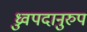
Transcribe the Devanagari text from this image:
ध्रुवपदानुरुप